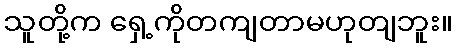
သူတို့က ရှေ့ကိုတကျတာမဟုတျဘူး။